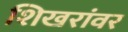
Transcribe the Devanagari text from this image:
शिखरांवर